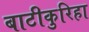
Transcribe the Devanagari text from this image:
बाटीकुरिहा